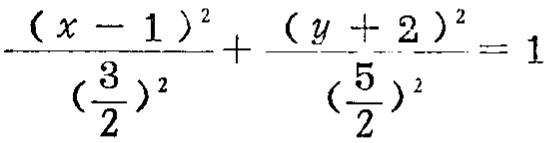
\frac{(x - 1)^2}{(\frac{3}{2})^2}+\frac{(y + 2)^2}{(\frac{5}{2})^2}=1